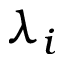
\lambda _ { i }